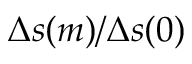
\Delta s ( m ) / \Delta s ( 0 )